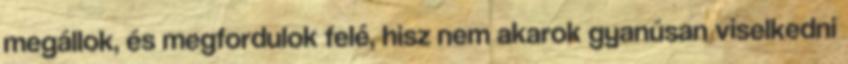
megállok, és megfordulok felé, hisz nem akarok gyanúsan viselkedni